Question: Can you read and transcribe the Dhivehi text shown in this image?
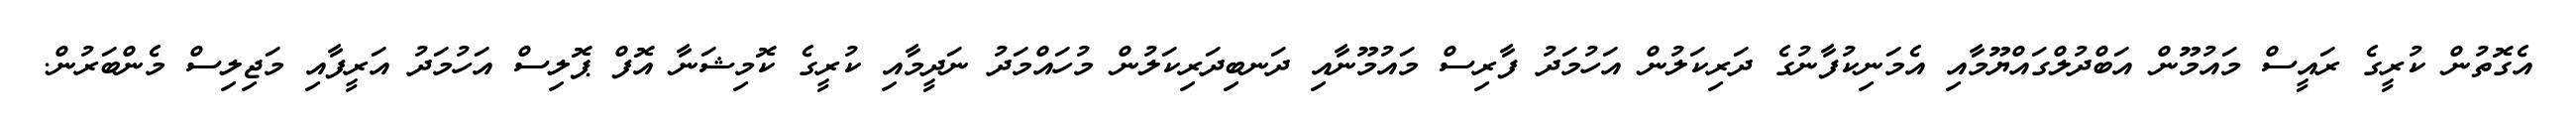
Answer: އެގޮތުން ކުރީގެ ރައީސް މައުމޫން އަބްދުލްގައްޔޫމާއި އެމަނިކުފާނުގެ ދަރިކަލުން އަހުމަދު ފާރިސް މައުމޫނާއި ދަނބިދަރިކަލުން މުހައްމަދު ނަދީމާއި ކުރީގެ ކޮމިޝަނާ އޮފް ޕޮލިސް އަހުމަދު އަރީފާއި މަޖިލިސް މެންބަރުން.